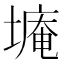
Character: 𮰫